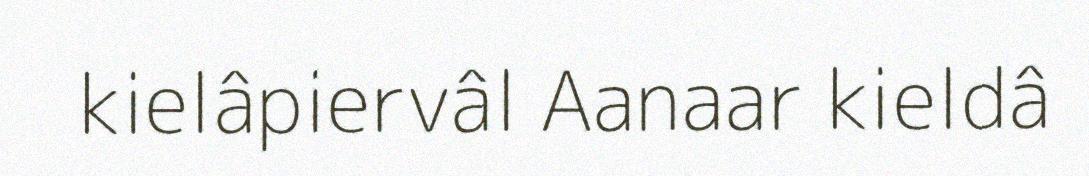
kielâpiervâl Aanaar kieldâ